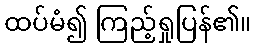
ထပ်မံ၍ ကြည့်ရှုပြန်၏။